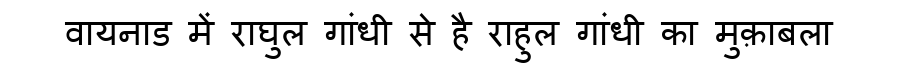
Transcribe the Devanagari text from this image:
वायनाड में राघुल गांधी से है राहुल गांधी का मुक़ाबला